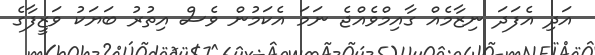
އަދި އެފަދަ ނިޒާމެއް ގާއިމްވެއްޖެ ނަމަ އެކަމުން ވެސް އިތުރު ބަޔަކު ވަޒީފާގެ